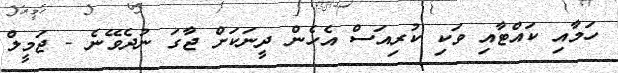
ހަމާއި ކައްޓާއި ވަކި ކުރިއަސް އެހެން ދީނަކަށް ޖާގަ ނުދެވޭނެ - ޖަމީލް